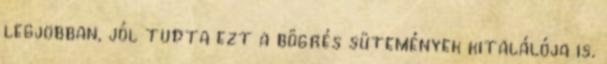
legjobban, jól tudta ezt a bögrés sütemények kitalálója is.